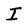
Character: I